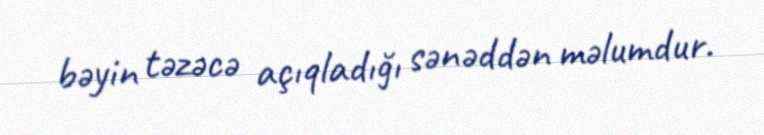
bəyin təzəcə açıqladığı sənəddən məlumdur.